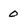
Character: 0